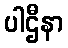
ပါဌီနာ